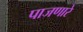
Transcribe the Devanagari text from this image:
पाजणारे